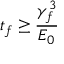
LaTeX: t _ { f } \geq \frac { \gamma _ { f } ^ { 3 } } { E _ { 0 } }